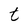
Character: t